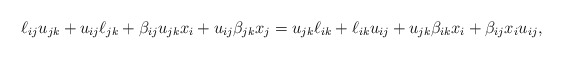
\begin{gather*} \ell_{ij} u_{jk}+u_{ij} \ell_{jk}+\beta_{ij} u_{jk} x_i +u_{ij} \beta_{jk} x_j =u_{jk} \ell_{ik}+\ell_{ik} u_{ij}+u_{jk} \beta_{ik} x_i+\beta_{ij} x_i u_{ij},\end{gather*}